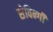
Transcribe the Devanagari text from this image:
सेविन्गी